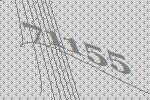
71155